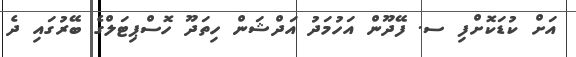
އަށް ކުޑަކޮށްފި ސ. ފޭދޫން އަހުމަދު އަދްޝަން ހިތަދޫ ހޮސްޕިޓަލްގެ ބޭރުގައި ދެ